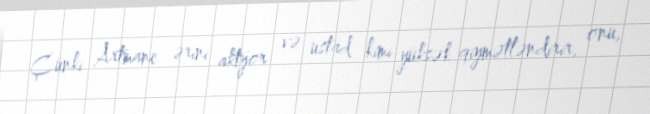
Çünki Artmane ərini aktyor və ustad kimi yüksək qiymətləndirir, onu,